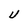
Character: U